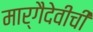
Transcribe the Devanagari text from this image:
मार्गैदेवीची